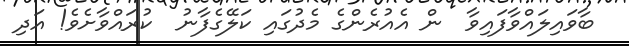
ބާވައިލައްވާފައިވާ  ން އެއުރެންގެ މެދުގައި ކަލޭގެފާނު  ކުރައްވާށެވެ! އަދި